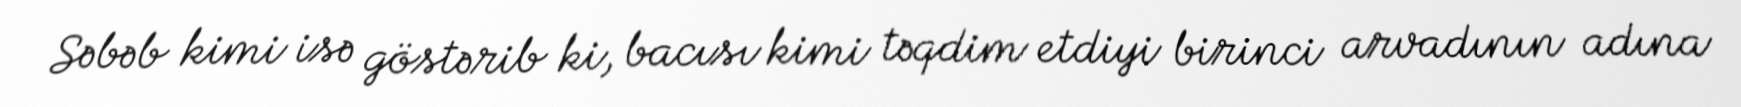
Səbəb kimi isə göstərib ki, bacısı kimi təqdim etdiyi birinci arvadının adına